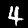
Digit: 4